Report on plague and inoculation in the Punjab from October 1st ... to September 30th..., being the ... season of plague in the province
Disease focus: Plague
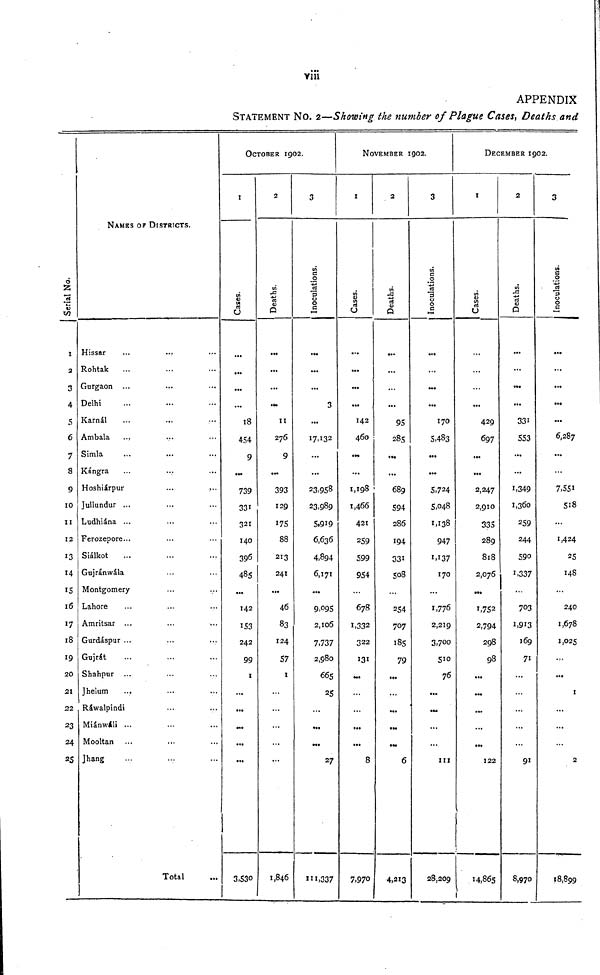
viii
APPENDIX
STATEMENT NO. 2—Showing the number of Plague Cases, Deaths and
Serial No.
1
2
3
4
5
6
7
8
9
10
11
12
13
14
15
16
17
18
19
20
21
22
23
24
25
NAMES OF DISTRICTS.
Hissar ... ... ...
Rohtak ... ... ...
Gurgaon ... ... ...
Delhi ... ... ...
Karnál ... ... ...
Ambala ... ... ...
Simla ... ... ...
Kángra ... ... ...
Hoshiárpur... ... ...
Jullundur ... ... ...
Ludhiána ... ... ...
Ferozepore ... ... ...
Siálkot ... ... ...
Gujránwála ... ...
Montgomery ... ...
Lahore ... ... ...
Amritsar ... ... ...
Gurdáspur ... ... ...
Gujrát ... ... ...
Shahpur ... ... ...
Jhelum ... ... ...
Ráwalpindi ... ... ...
Miánwáli ... ... ...
Mooltan ... ... ...
Jhang ... ... ...
Total ...
OCTOBER 1902.
1
Cases.
...
•••
...
...
18
454
9
...
739
331
321
140
396
485
...
142
153
242
99
1
...
...
...
...
...
3, 30
2
Deaths.
...
...
...
...
11
276
9
...
393
129
175
88
213
241
...
46
83
124
57
1
...
...
...
...
...
1,846
3
Inoculations.
...
...
...
3
...
17,132
...
...
23,958
23,989
5, 919
6,636
4,894
6,171
...
9,095
2, 106
7,737
2,980
665
25
...
...
27
111,337
NOVEMBER 1902.
1
Cases.
...
...
...
142
460
...
...
1,198
1,466
421
259
599
954
...
678
1,332
322
131
...
...
...
...
...
8
7, 970
2
Deaths.
...
...
...
...
95
285
....
...
689
594
286
194
331
508
...
254
707
185
79
...
...
...
...
...
6
4,213
3
Inoculations.
...
...
...
...
170
5,483
...
...
5,724
5,048
1,138
947
1,137
170
...
1,776
2,219
3,700
510
76
...
...
...
...
111
28,209
DECEMBER 1902.
1
Cases.
1
...
...
...
...
429
697
...
...
2,247
2,910
335
289
818
2,076
...
1,752
2,794
298
98
...
...
...
...
...
122
14,865
2
Deaths.
...
...
...
...
331
553
...
...
1,349
1,360
259
244
590
1, 337
...
703
1,913
169
71
...
...
...
...
...
91
8,970
3
Inoculations.
...
...
...
...
...
6,287
...
...
7,551
518
...
1,424
25
148
...
240
1,678
1,025
...
1
...
...
...
2
18,899